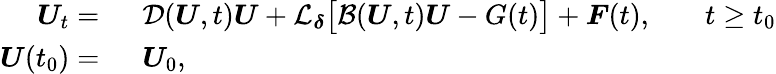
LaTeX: \begin{array}{rlrl}{\boldsymbol{U}_{t}=\ }&{{}\mathcal{D}(\boldsymbol{U},t)\boldsymbol{U}+\mathcal{L}_{\boldsymbol{\delta}}\big[\mathcal{B}(\boldsymbol{U},t)\boldsymbol{U}-G(t)\big]+\boldsymbol{F}(t),}&{}&{{}t\geq t_{0}}\\ {\boldsymbol{U}(t_{0})=\ }&{{}\boldsymbol{U}_{0},}\end{array}